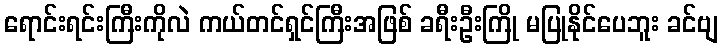
ရောင်းရင်းကြီးကိုလဲ ကယ်တင်ရှင်ကြီးအဖြစ် ခရီးဦးကြို မပြုနိုင်ပေဘူး ခင်ဗျ